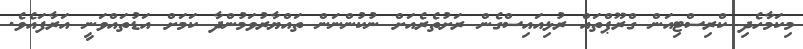
މިކަމާހެދި ކްރިސްޓިއަން ގްރޫޕްތައް ރުޅިއައިސްގެން ރަށުތެރެއަށް ނުކުންނަން ތައްޔާރުވަމުންދާ ކަމަށް އަޑުތައްވަނީ އަރާފައެވެ.